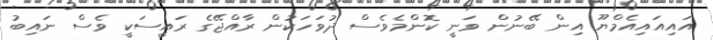
އައިއައިއެމްޔޫ އިން ބޭނުން ވަނީ ކޮންމެވެސް ދުވަހަކުން ރާއްޖޭގެ ރައީސަކީ ވެސް ނައިބު